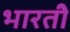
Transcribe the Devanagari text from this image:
भारतीे